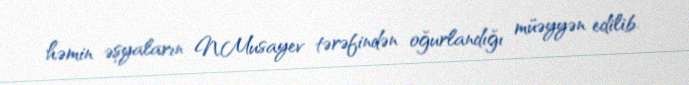
həmin əşyaların N.Musayev tərəfindən oğurlandığı müəyyən edilib.